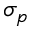
\sigma _ { p }